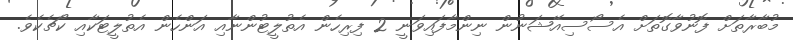
މުބާރާތަށް ފޮނުވާގޮތަށް އެސޯސިއޭޝަނުން ނިންމާފައިވަނީ 2 ފިރިހެން އެތުލީޓުންނާއި އަންހެން އެތުލީޓަކާއި ކޯޗެކެވެ.